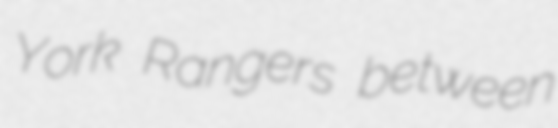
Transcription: York Rangers between